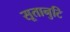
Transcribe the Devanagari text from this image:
सूतानुटि